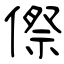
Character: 傺